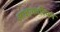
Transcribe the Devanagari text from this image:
आज्ञाकारिपन